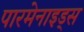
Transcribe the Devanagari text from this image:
पारमेनाइड्स